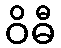
ဝိဓီ